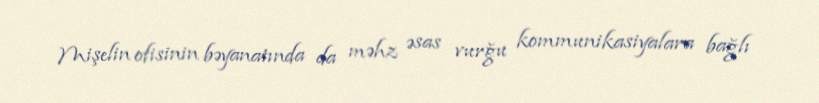
Mişelin ofisinin bəyanatında da məhz əsas vurğu kommunikasiyalara bağlı